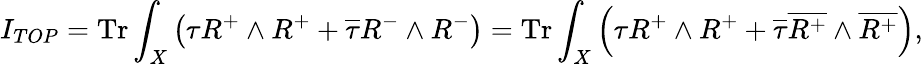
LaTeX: I_{TOP}=\mathrm{Tr}\int_{X}\left(\tau R^{+}\wedge R^{+}+\overline{{\tau}}R^{-}\wedge R^{-}\right)=\mathrm{Tr}\int_{X}\left(\tau R^{+}\wedge R^{+}+\overline{{\tau}}\overline{{{R^{+}}}}\wedge\overline{{{R^{+}}}}\right),